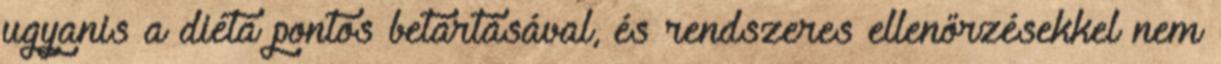
ugyanis a diéta pontos betartásával, és rendszeres ellenőrzésekkel nem